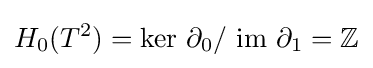
H_{0}(T^{2})={\text{ker }}\partial _{0}/{\text{ im }}\partial _{1}=\mathbb {Z}